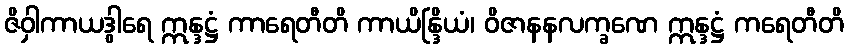
ဇိဝှါကာယဒွါရေ ဣန္ဒဋ္ဌံ ကာရေတီတိ ကာယိန္ဒြိယံ၊ ဝိဇာနနလက္ခဏေ ဣန္ဒဋ္ဌံ ကရေတီတိ